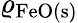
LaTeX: \varrho_{\mathrm{FeO(s)}}